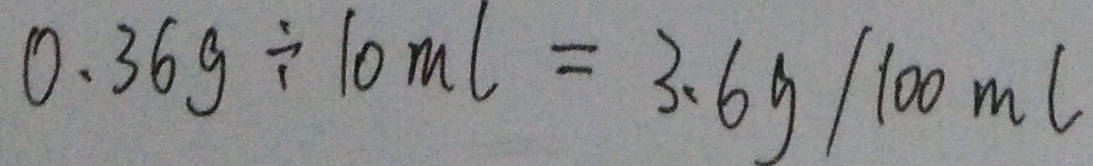
0 . 3 6 g \div 1 0 m l = 3 . 6 g / 1 0 0 m l